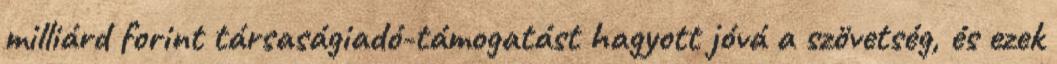
milliárd forint társaságiadó-támogatást hagyott jóvá a szövetség, és ezek